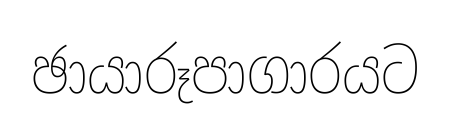
ඡායාරූපාගාරයට